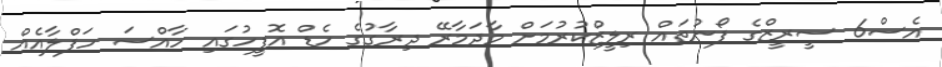
އެސް6 ސީރީޒްގެ ފޯނުތައް ރިލީޒްކުރުމަށް މާދަމާރޭ ދިރާގުގެ ހެޑް އޮފީހުގައި ހާއްސަ ހަފްލާއެެއް